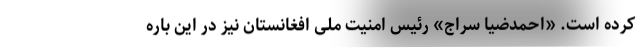
کرده است. «احمدضیا سراج» رئیس امنیت ملی افغانستان نیز در این باره